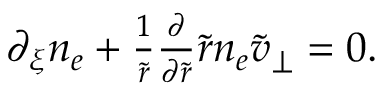
\begin{array} { r } { \partial _ { \xi } n _ { e } + \frac { 1 } { \tilde { r } } \frac { \partial } { \partial \tilde { r } } \tilde { r } n _ { e } \tilde { v } _ { \perp } = 0 . } \end{array}